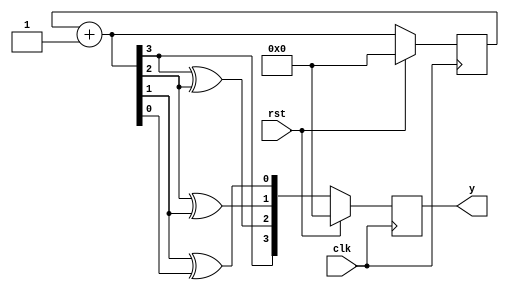
module gray_counter(
    input clk,rst,
    output reg [3:0] y
    );
    
    reg t1,t2,t3;
    reg [3:0] count;
   
    always@(posedge clk)
        begin 
            if(rst)
                begin
                    y=4'b0000;
                    count=4'b0000;
                end
            else
                begin
                    count = count + 1;
                    t3 = count[3]^count[2];
                    t2 = count[2]^count[1];
                    t1 = count[1]^count[0];
                    y = {count[3],t3,t2,t1};
               end
        end   
endmodule